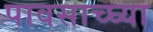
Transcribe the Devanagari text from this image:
पावसाच्घ्या